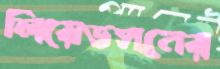
লিয়েডসনের